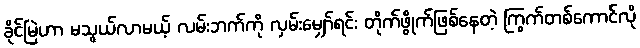
ခိုင်မြဲဟာ မသွယ်လာမယ့် လမ်းဘက်ကို လှမ်းမျှော်ရင်း တိုက်ဖွိုက်ဖြစ်နေတဲ့ ကြွက်တစ်ကောင်လို